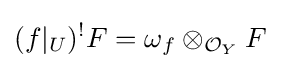
(f|_{U})^{!}F=\omega _{f}\otimes _{{\mathcal {O}}_{Y}}F